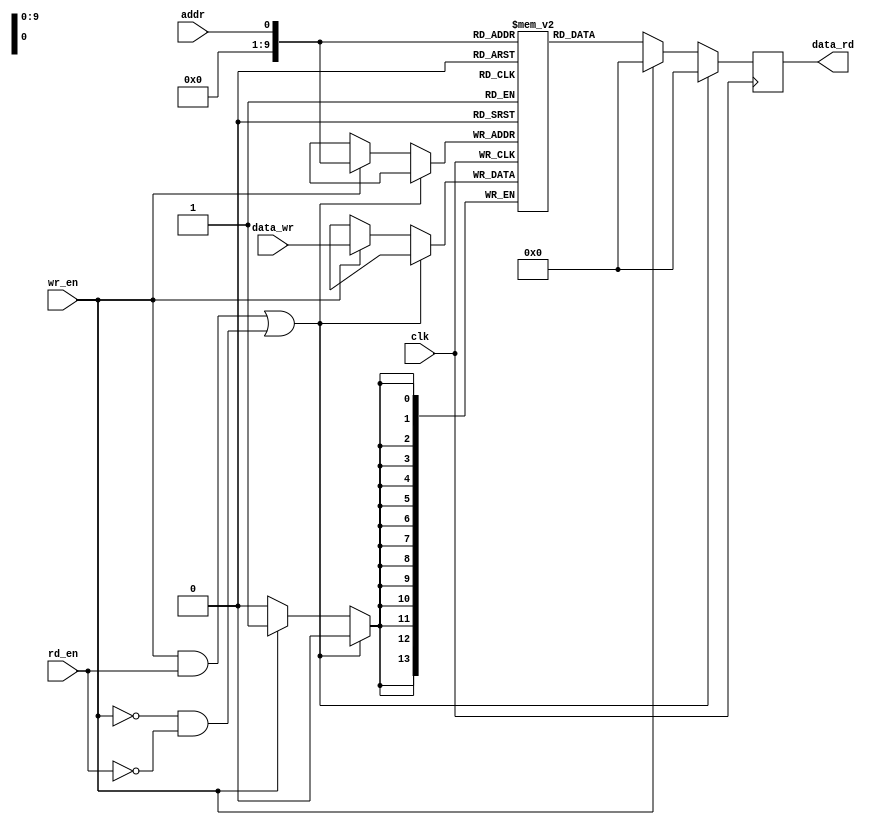
// Sample memory: 1024 sample memory with INPORT and OUTPORT 
//
// (C) Thomas Oldbury 2017

module sample_ram(
	clk, 			// clock, negedge triggered
	addr,	 		// address
	wr_en, 		// write enable
	rd_en, 		// read enable
	data_rd,		// data read out
	data_wr		// data write in
);

parameter n_entries = 1024;
parameter bit_width = 14;

output reg [bit_width - 1:0] data_rd;
input [bit_width - 1:0] data_wr;
input clk, addr, wr_en, rd_en;

// memory block - should be inferred by FPGA compiler as blockram
reg [bit_width-1:0] sample_blockram[n_entries - 1:0];

// on clock negative edge for CLK read or write data
always @(negedge clk) begin

	if ((wr_en == 1 && rd_en == 1) || (wr_en == 0 && rd_en == 0)) begin
		data_rd = 0;
	end else if (wr_en == 1) begin
		// write data to blockram
		sample_blockram[addr] <= data_wr;
		data_rd = 0;
	end else begin
		// read data from blockram
		data_rd = sample_blockram[addr];
	end;

end

endmodule